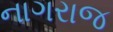
નાગરાજ